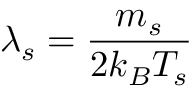
\lambda _ { s } = \frac { m _ { s } } { 2 k _ { B } T _ { s } }